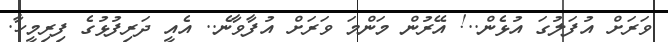
ވަރަށް އުފަލުގަ އުޅެން..! އޭރުން މަންމަ ވަރަށް އުފާވާނެ.. އެއީ ދަރިފުޅުގެ ފިރިމީހާ.